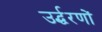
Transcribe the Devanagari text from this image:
उर्द्धरणों